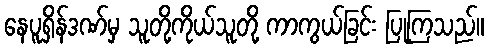
နေပူရှိန်ဒဏ်မှ သူတို့ကိုယ်သူတို့ ကာကွယ်ခြင်း ပြုကြသည်။